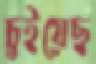
চুইয়েছ